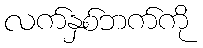
လက်နှစ်ဘက်ကို